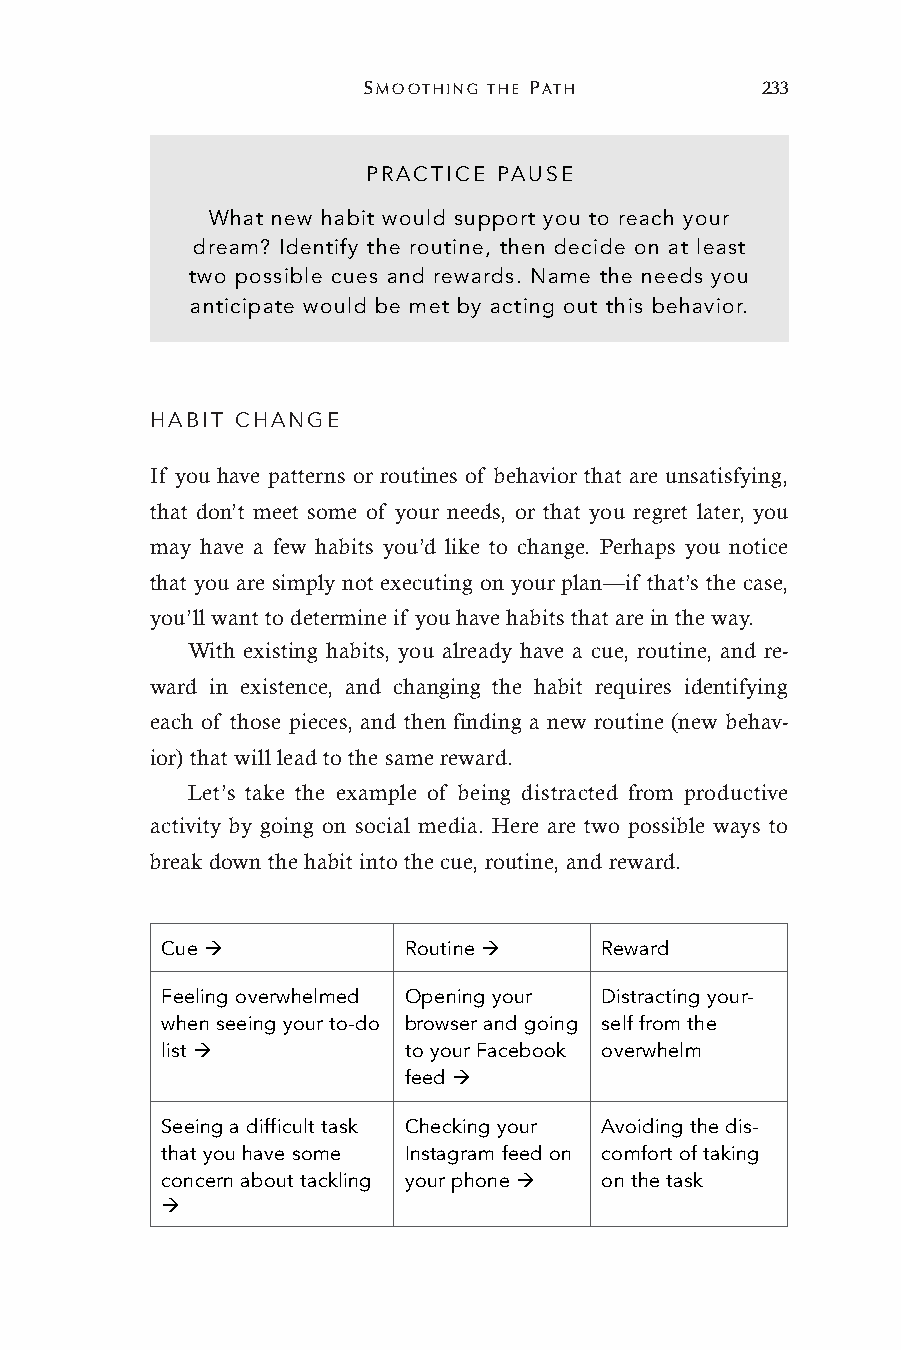
SMOOTHING THE PATH        233
 PRACTICE PAUSE
 What new habit would support you to reach your
 dream? Identify the routine, then decide on at least
 two possible cues and rewards. Name the needs you
 anticipate would be met by acting out this behavior.
 HABIT CHANGE
 If you have patterns or routines of behavior that are unsatisfying,
 that don’t meet some of your needs, or that you regret later, you
 may have a few habits you’d like to change. Perhaps you notice
 that you are simply not executing on your plan—if that’s the case,
 you’ll want to determine if you have habits that are in the way.
 With existing habits, you already have a cue, routine, and re-
 ward in existence, and changing the habit requires identifying
 each of those pieces, and then finding a new routine (new behav-
 ior) that will lead to the same reward.
 Let’s take the example of being distracted from productive
 activity by going on social media. Here are two possible ways to
 break down the habit into the cue, routine, and reward.
 Cue !           Routine !    Reward
 Feeling overwhelmed Opening your Distracting your-
 when seeing your to-do browser and going self from the
 list !          to your Facebook overwhelm
 feed !
 Seeing a difficult task Checking your Avoiding the dis-
 that you have some Instagram feed on comfort of taking
 concern about tackling your phone ! on the task
 !